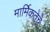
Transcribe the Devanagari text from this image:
मार्मिकतेचे